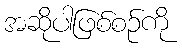
အဆိုပါဖြစ်စဉ်ကို